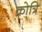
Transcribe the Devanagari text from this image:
क्रोत्रि